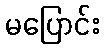
မပြောင်း